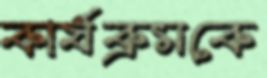
কার্যক্রমকে